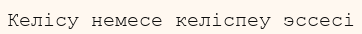
Келісу немесе келіспеу эссесі